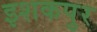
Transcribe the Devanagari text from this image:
इशकपुर